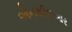
એનસીઇઆર